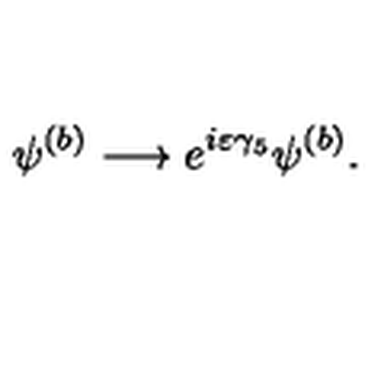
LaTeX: \psi ^ { ( b ) } \longrightarrow e ^ { i \varepsilon \gamma _ { 5 } } \psi ^ { ( b ) } .